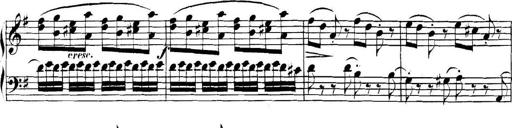
Title: Collected Piano Sonatas
Composer: Muzio Clementi